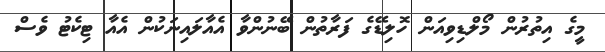
މީގެ އިތުރުން މޯލްޑިވިއަން ހޮލިޑޭގެ ފަރާތުން ބޭނުންވާ އެއާލައިނަކުން އެއާ ޓިކެޓު ވެސް